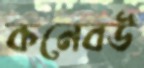
কনেবউ